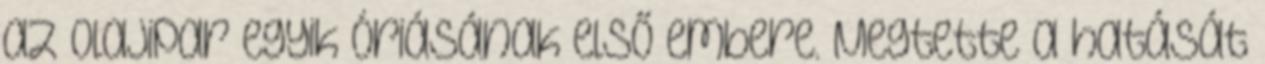
az olajipar egyik óriásának első embere. Megtette a hatását